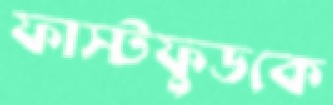
ফাস্টফুডকে